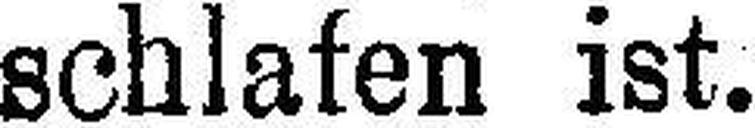
schlafen ist.